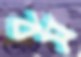
বস